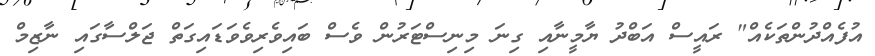
އުފެއްދުންތަކެއް" ރައީސް އަބްދު ޔާމީނާއި ގިނަ މިނިސްޓަރުން ވެސް ބައިވެރިވެވަޑައިގަތް ޖަލްސާގައި ނާޒިމް